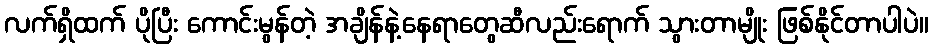
လက်ရှိထက် ပိုပြီး ကောင်းမွန်တဲ့ အချိန်နဲ့နေရာတွေဆီလည်းရောက် သွားတာမျိုး ဖြစ်နိုင်တာပါပဲ။